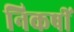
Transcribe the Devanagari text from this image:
निकषीं